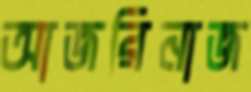
আজরিনাজ